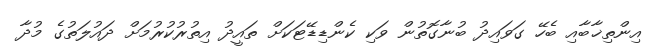
އިންތިޚާބާއި ބެހޭ ގަވައިދު ބުނާގޮތުން ވަކި ކެންޑިޑޭޓަކަށް ތައީދު އިތުރުކުރުމަށް ދައުލަތުގެ މުދާ